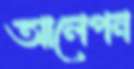
আলেপন